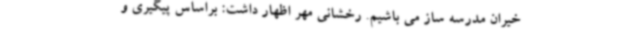
خیران مدرسه ساز می باشیم. رخشانی مهر اظهار داشت: براساس پیگیری و